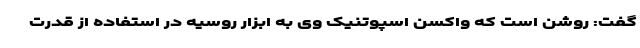
گفت: روشن است که واکسن اسپوتنیک وی به ابزار روسیه در استفاده از قدرت